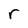
Character: r